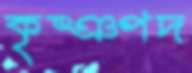
কৃষ্ঞপদ